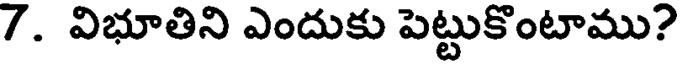
7. విభూతిని ఎందుకు పెట్టుకొంటాము?